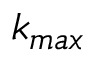
k _ { m a x }